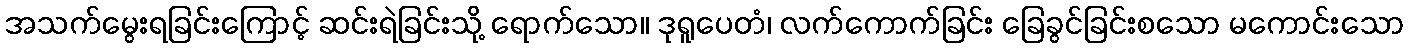
အသက်မွေးရခြင်းကြောင့် ဆင်းရဲခြင်းသို့ ရောက်သော။ ဒုရူပေတံ၊ လက်ကောက်ခြင်း ခြေခွင်ခြင်းစသော မကောင်းသော